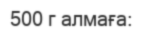
500 г алмаға: